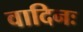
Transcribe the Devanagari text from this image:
वादिनः